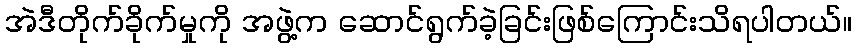
အဲဒီတိုက်ခိုက်မှုကို အဖွဲ့က ဆောင်ရွက်ခဲ့ခြင်းဖြစ်ကြောင်းသိရပါတယ်။